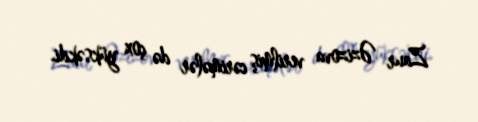
Zaur Əzizova verilmiş cərimələr də çox yüksəkdi.